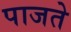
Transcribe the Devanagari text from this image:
पाजते